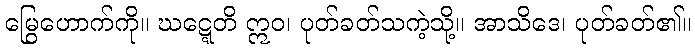
မြွေဟောက်ကို။ ဃဋ္ဋေတိ ဣဝ၊ ပုတ်ခတ်သကဲ့သို့။ အာသိဒေ၊ ပုတ်ခတ်၏။